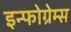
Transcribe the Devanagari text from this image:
इन्फोग्रेम्स